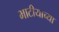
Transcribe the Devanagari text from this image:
भाटीयाच्या